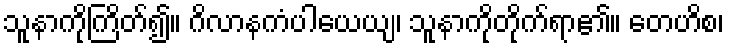
သူနာကိုကြိတ်၍။ ဂိလာနကံပါယေယျ၊ သူနာကိုတိုက်ရာ၏။ တေဟိစ၊